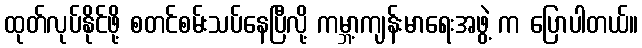
ထုတ်လုပ်နိုင်ဖို့ စတင်စမ်းသပ်နေပြီလို့ ကမ္ဘာ့ကျန်းမာရေးအဖွဲ့ က ပြောပါတယ်။